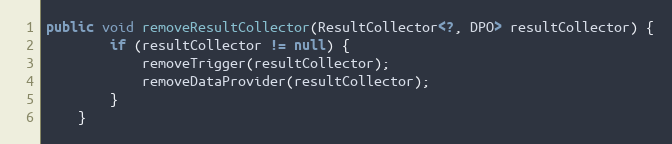
Language: Java
public void removeResultCollector(ResultCollector<?, DPO> resultCollector) {
        if (resultCollector != null) {
            removeTrigger(resultCollector);
            removeDataProvider(resultCollector);
        }
    }